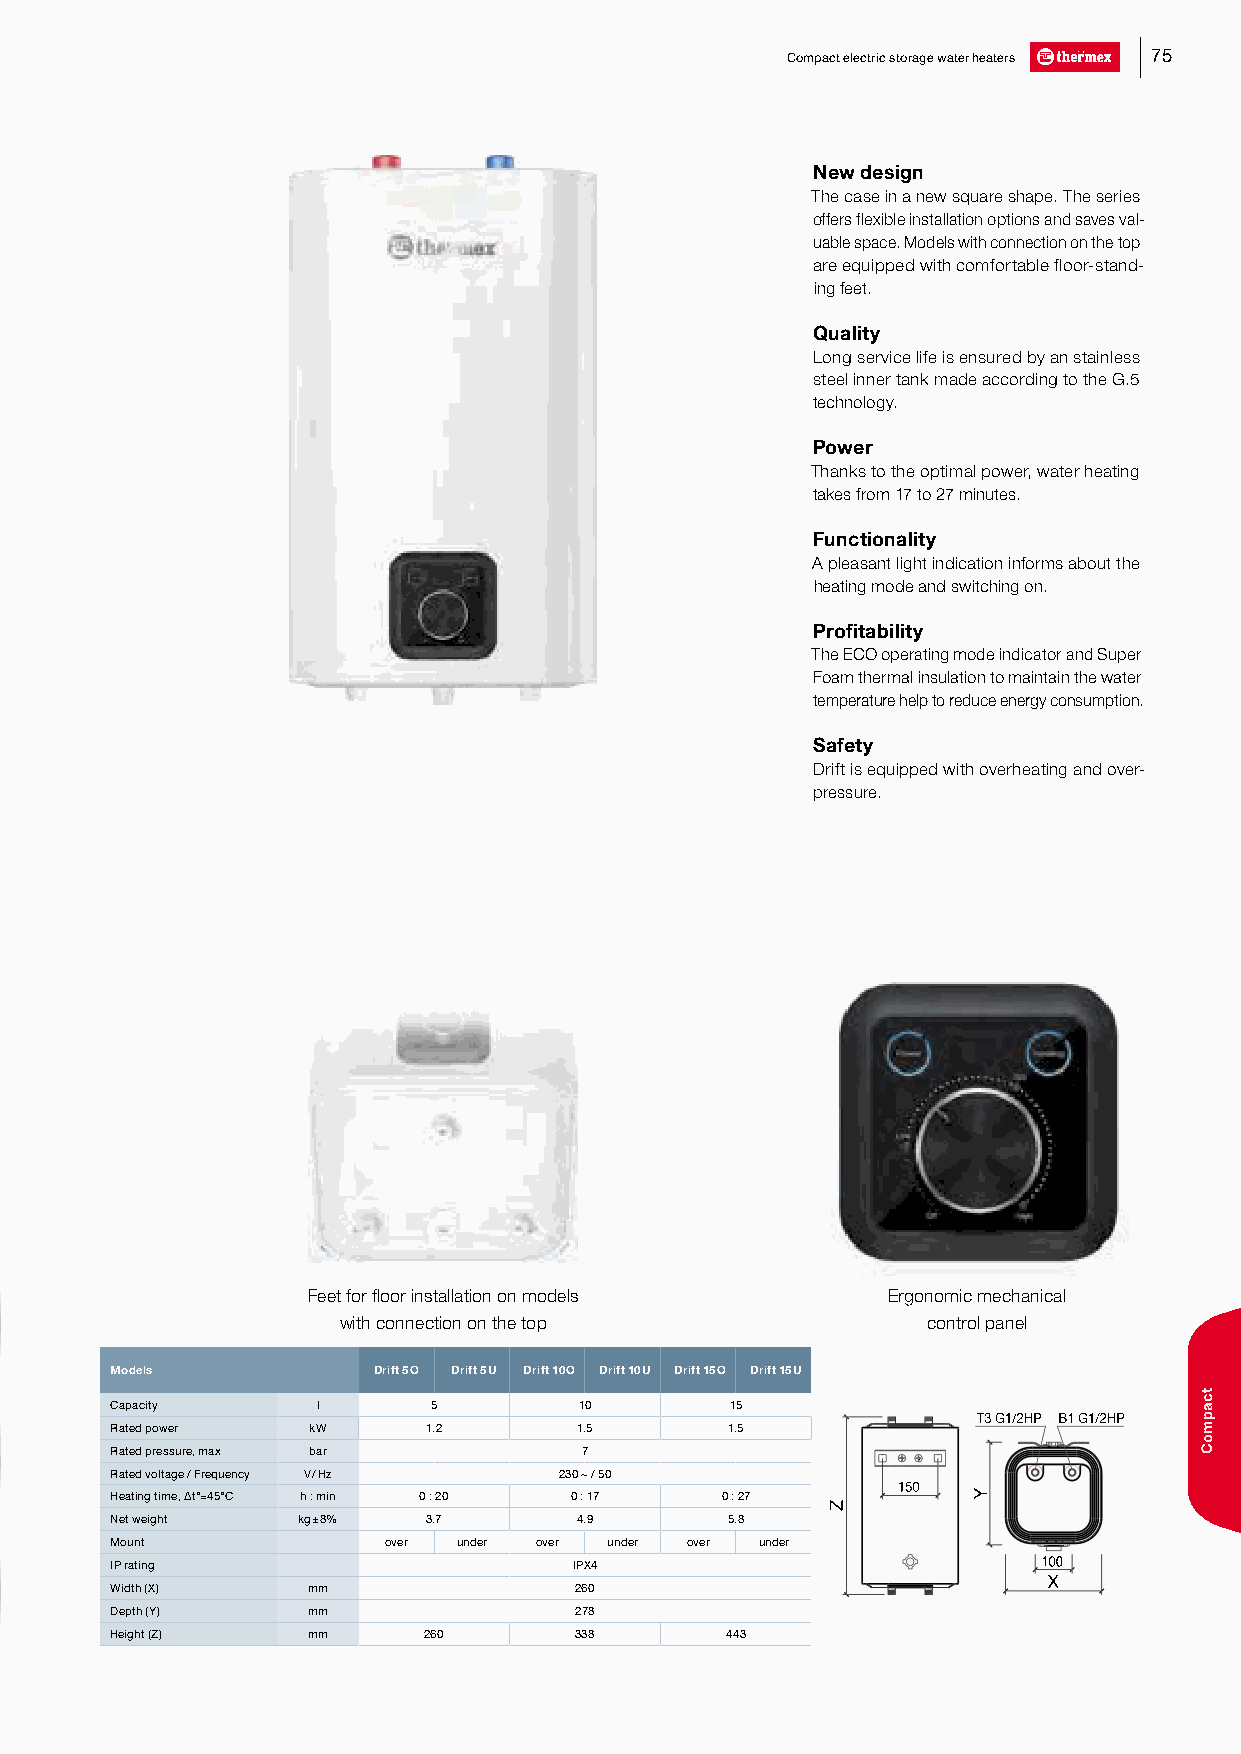
Compact electric storage water heaters 75
 New design
 The case in a new square shape. The series
 offers flexible installation options and saves val-
 uable space. Models with connection on the top
 are equipped with comfortable floor-stand-
 ing feet.
 Quality
 Long service life is ensured by an stainless
 steel inner tank made according to the G.5
 technology.
 Power
 Thanks to the optimal power, water heating
 takes from 17 to 27 minutes.
 Functionality
 A pleasant light indication informs about the
 heating mode and switching on.
 Profitability
 The ECO operating mode indicator and Super
 Foam thermal insulation to maintain the water
 temperature help to reduce energy consumption.
 Safety
 Drift is equipped with overheating and over-
 pressure.
 Feet for floor installation on models  Ergonomic mechanical
 with connection on the top             control panel
 Models            Drift 5 O Drift 5 U Drift 10 O Drift 10 U Drift 15 O Drift 15 U
 Capacity      l      5         10        15
 T3 G1/2HP B1 G1/2HP
 Rated power  kW      1.2       1.5       1.5
 Rated pressure, max bar        7
 Rated voltage / Frequency V / Hz 230 ~ / 50
 115500
 Heating time, ∆t°=45°C h : min 0 : 20 0 : 17 0 : 27
 Net weight   kg ± 8% 3.7       4.9       5.8
 Mount             over under over under over under
 IP rating                      IPX4                           100
 X
 Width (X)    mm                260
 Depth (Y)    mm                278
 Height (Z)   mm      260       338       443
 Z
 Y
 tcapmoC